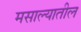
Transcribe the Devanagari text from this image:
मसाल्यातील